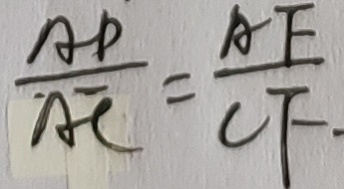
\frac { A D } { A C } = \frac { A F } { C F \cdot }